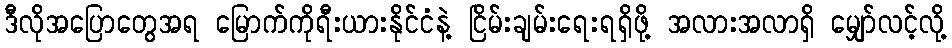
ဒီလိုအပြောတွေအရ မြောက်ကိုရီးယားနိုင်ငံနဲ့ ငြိမ်းချမ်းရေးရရှိဖို့ အလားအလာရှိ မျှော်လင့်လို့